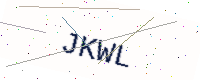
Text: JKWL